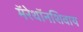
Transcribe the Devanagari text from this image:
मॅरेथॉनशिवाय